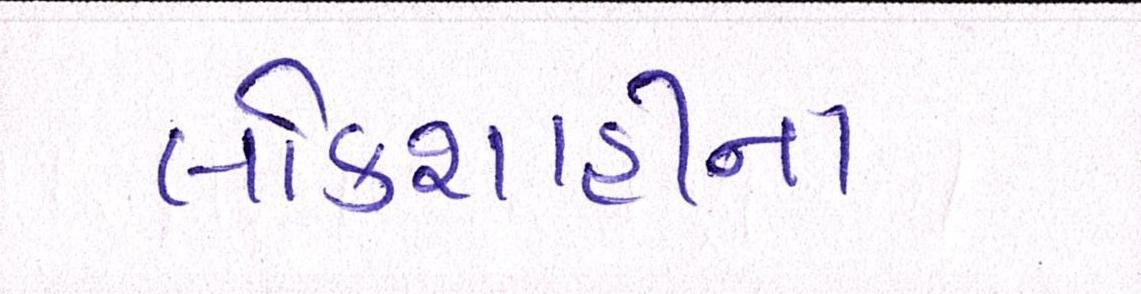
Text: લોકશાહીના